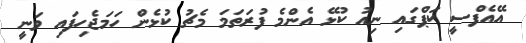
އޭއެފްސީ ކަޕްގައި ނިއު ކުޅޭ އެންމެ ފުރަތަމަ މެޗު ކުޅެން ހަމަޖެހިފައި ވަނީ